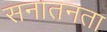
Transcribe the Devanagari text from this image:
सनातनता